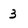
Character: 3